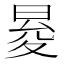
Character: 𭦕